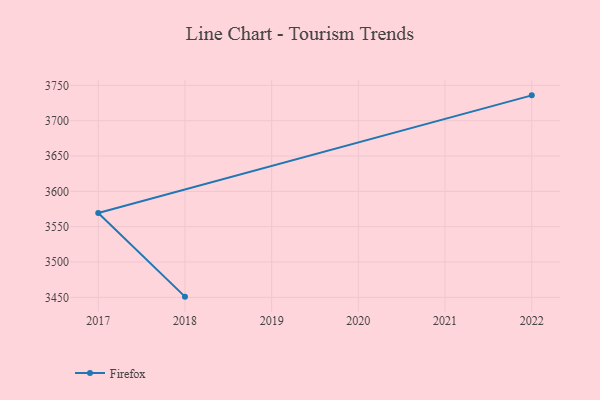
{"axis": {"x": "Year", "y": "Satisfaction Score"}, "legend": ["Firefox"], "data": [{"x": "2022", "y": 3735.9, "type": "Firefox"}, {"x": "2017", "y": 3569.4, "type": "Firefox"}, {"x": "2018", "y": 3451.0, "type": "Firefox"}]}